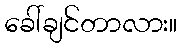
ခေါ်ချင်တာလား။